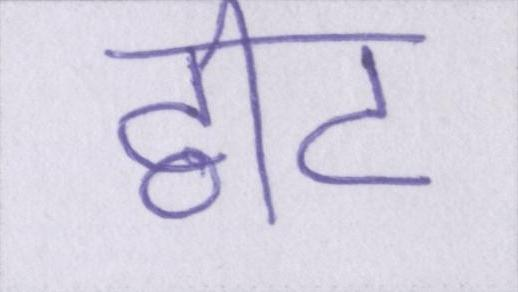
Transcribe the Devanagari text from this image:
ट्वीट